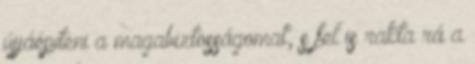
újjáépíteni a magabiztosságomat, s fel is rakta rá a